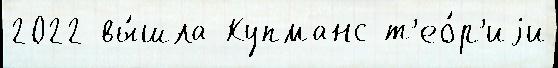
2022 вы́шла Купманс т'ео́р'иjи